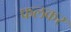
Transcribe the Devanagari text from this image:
फलकर